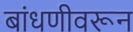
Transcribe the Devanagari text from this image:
बांधणीवरून